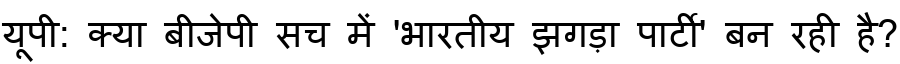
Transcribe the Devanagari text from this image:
यूपी: क्या बीजेपी सच में 'भारतीय झगड़ा पार्टी' बन रही है?